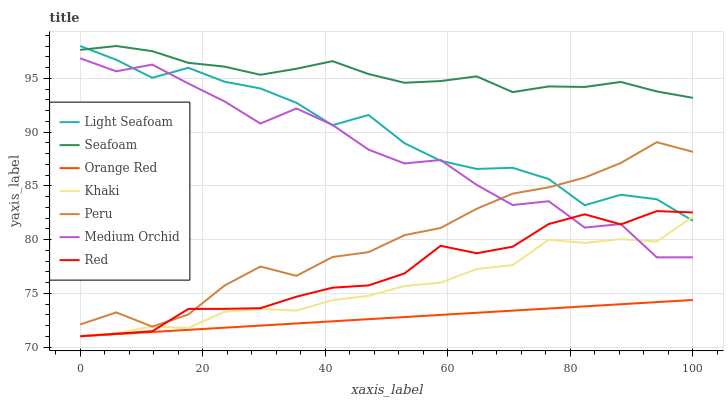
| xaxis_label | Light Seafoam | Seafoam | Orange Red | Khaki | Peru | Medium Orchid | Red |
 | --- | --- | --- | --- | --- | --- | --- | --- |
 | 0 | 98 | 97.6 | 71 | 71 | 72.1 | 96.9 | 71 |
 | 5.88 | 96.7 | 98 | 71.2 | 71.3 | 73.2 | 95.6 | 71.2 |
 | 11.8 | 95 | 97.5 | 71.4 | 71.9 | 71.9 | 96.3 | 71.5 |
 | 17.6 | 96 | 96.4 | 71.6 | 71.8 | 73 | 94.5 | 73.5 |
 | 23.5 | 94.7 | 96.1 | 71.8 | 73.3 | 75.7 | 92.9 | 73.5 |
 | 29.4 | 94.1 | 95.3 | 72 | 73.5 | 77.5 | 90.8 | 73.6 |
 | 35.3 | 92.7 | 95.9 | 72.2 | 73.4 | 76.6 | 92.2 | 74.7 |
 | 41.2 | 90.6 | 96.6 | 72.4 | 74.4 | 78.4 | 90.7 | 75.5 |
 | 47.1 | 91.6 | 95.4 | 72.6 | 74.8 | 78.8 | 88.4 | 75.7 |
 | 52.9 | 89 | 94.6 | 72.8 | 75.7 | 80.4 | 87.1 | 76.8 |
 | 58.8 | 87.3 | 94.7 | 73 | 76 | 81.1 | 87.4 | 79.4 |
 | 64.7 | 86.6 | 95.2 | 73.2 | 77.3 | 82.9 | 85.1 | 78.7 |
 | 70.6 | 86.7 | 93.7 | 73.4 | 77.6 | 84.3 | 83.2 | 79.3 |
 | 76.5 | 85.6 | 94.2 | 73.6 | 80 | 84.9 | 83.6 | 81.4 |
 | 82.4 | 83.2 | 94.2 | 73.8 | 79.7 | 85.8 | 81.1 | 82.3 |
 | 88.2 | 84.2 | 94.7 | 74 | 80 | 87.1 | 81.4 | 81.4 |
 | 94.1 | 83.7 | 93.8 | 74.2 | 79.8 | 89.1 | 78.3 | 82.6 |
 | 100 | 81.7 | 93.2 | 74.4 | 82.1 | 88.2 | 78.3 | 82.5 |